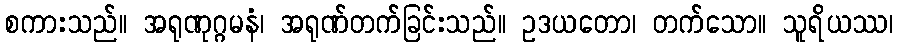
စကားသည်။ အရုဏုဂ္ဂမနံ၊ အရုဏ်တက်ခြင်းသည်။ ဥဒယတော၊ တက်သော။ သူရိယဿ၊